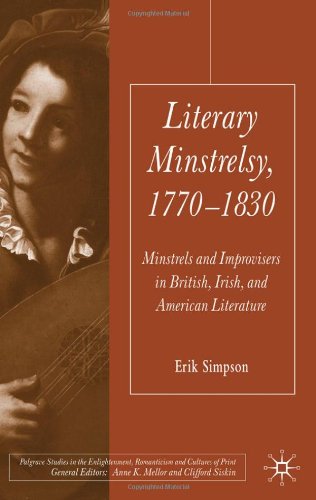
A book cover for Literary Minstrelsy, 1770-1830: Minstrels and Improvisers in British, Irish, and American Literature (Palgrave Studies in the Enlightenment, Romanticism and the Cultures of Print); Erik Simpson; Romance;